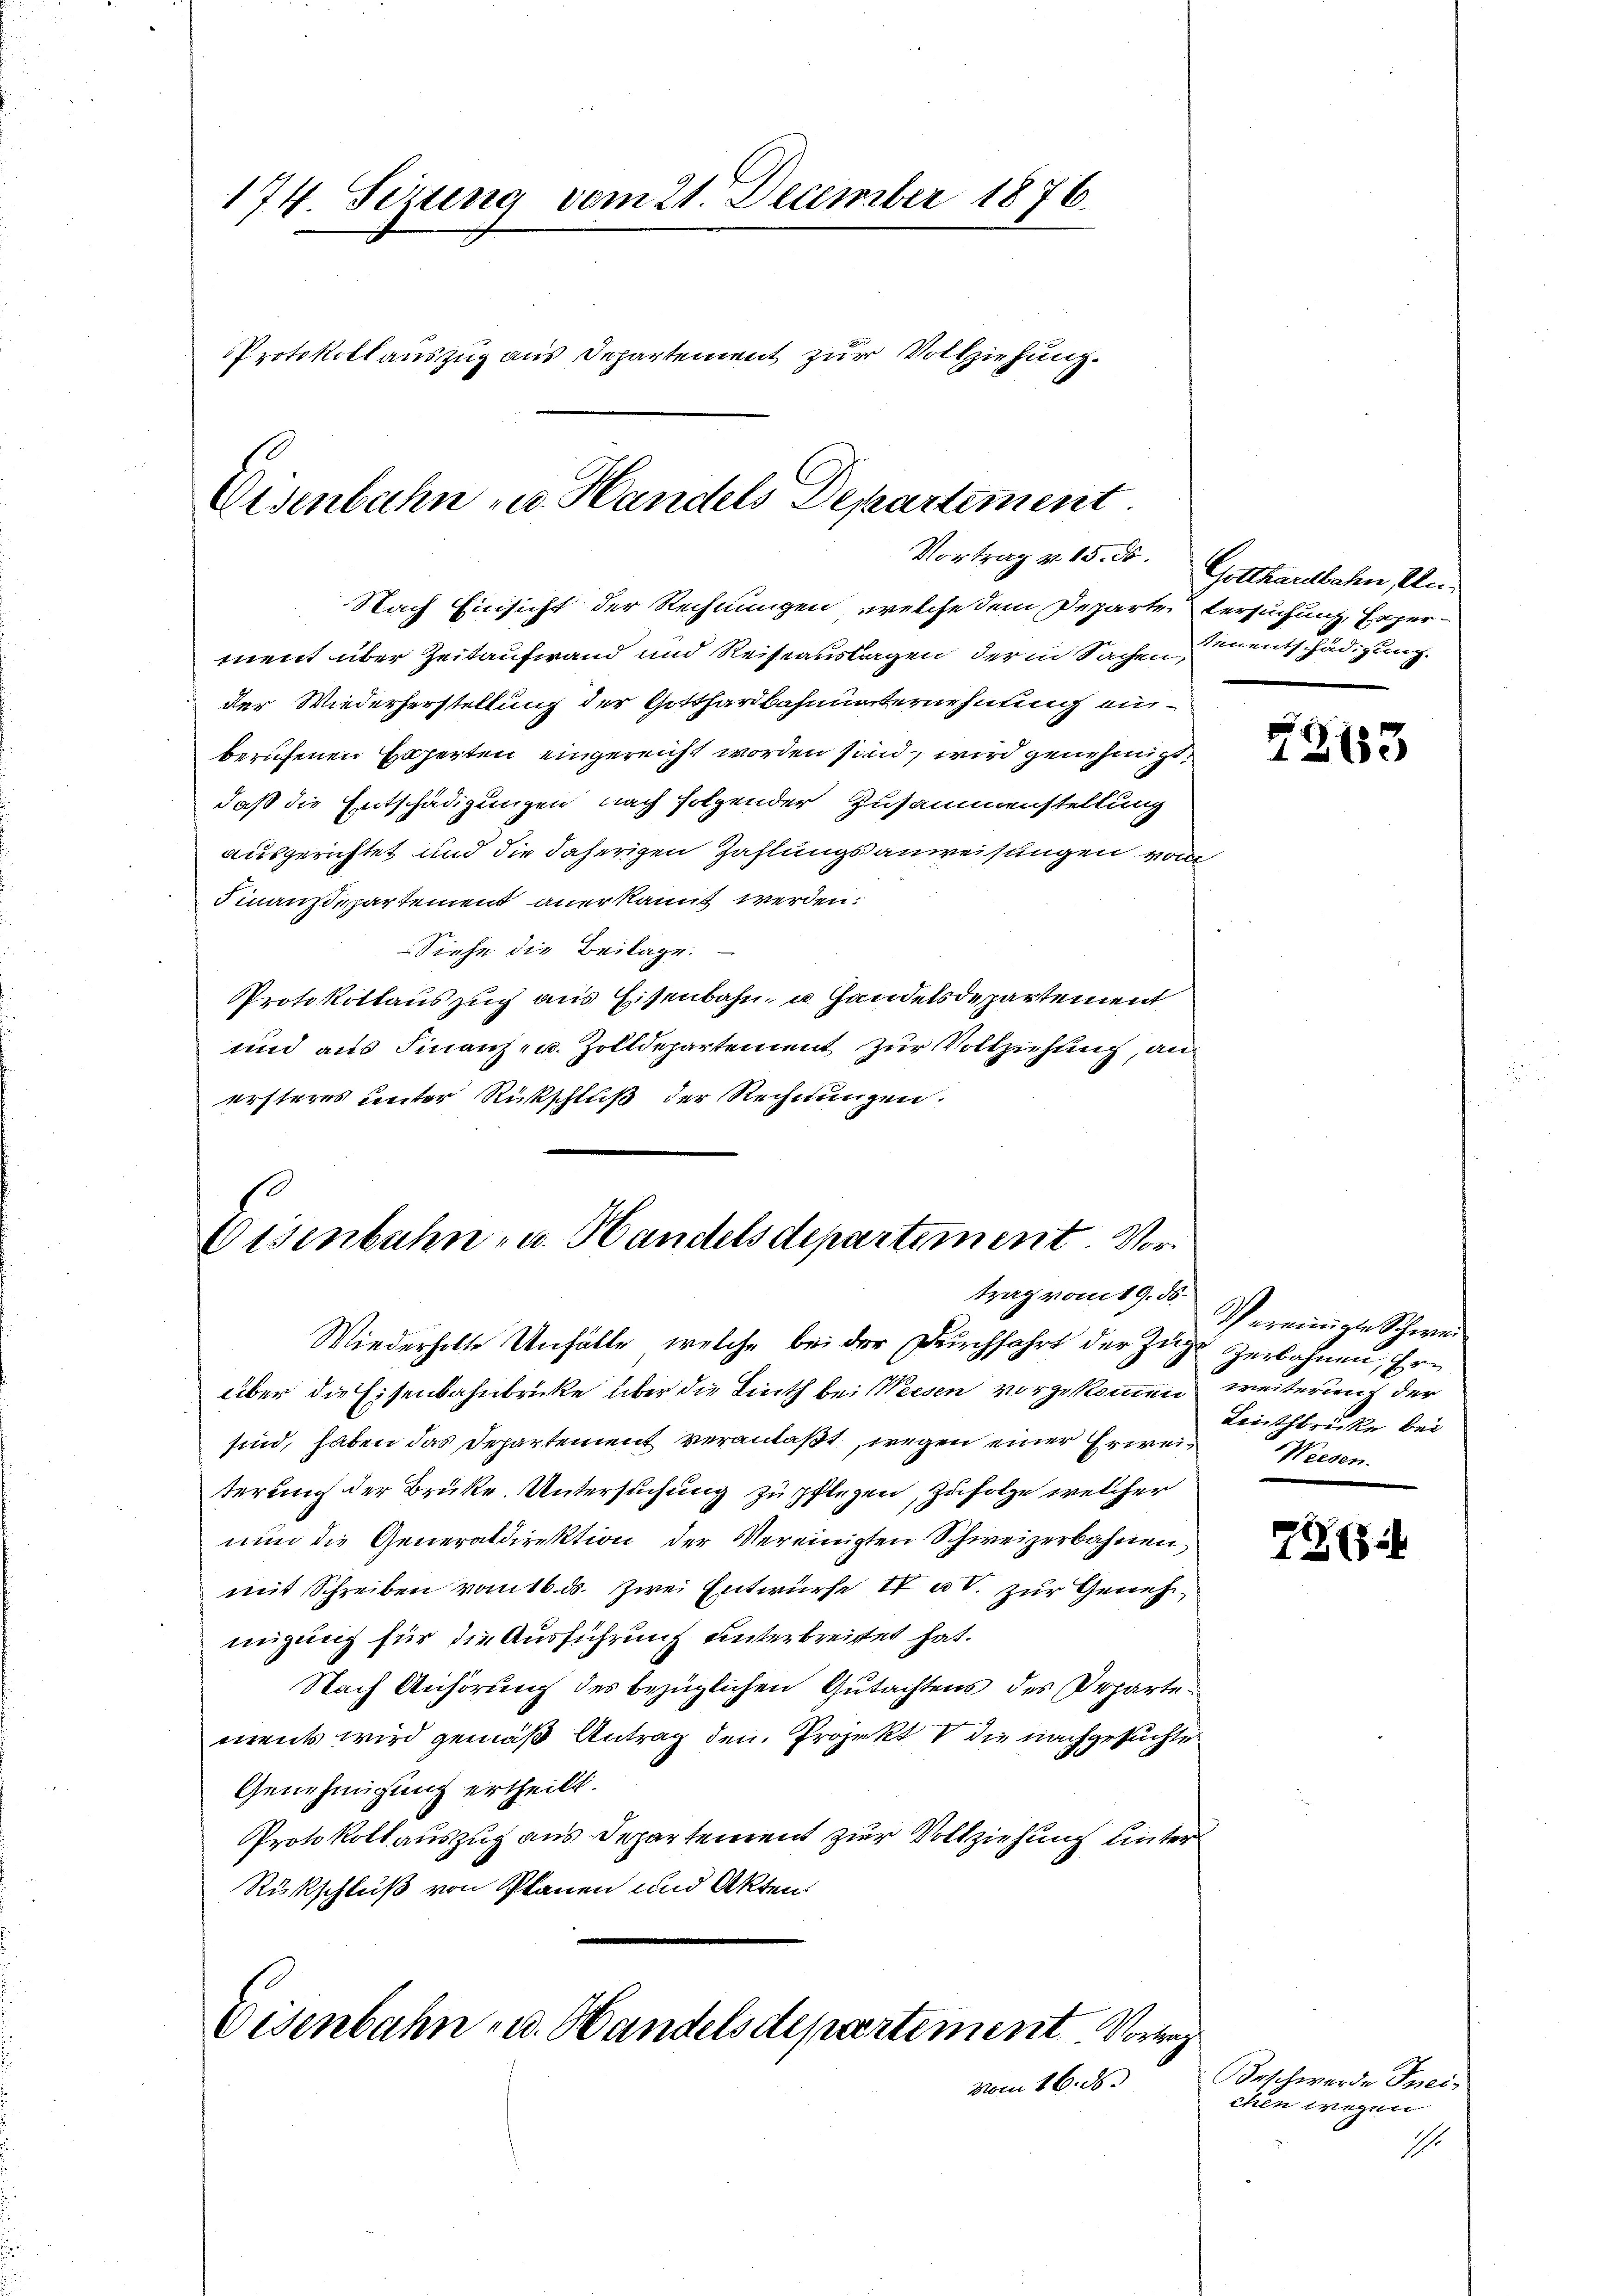
174 Sizung vom 21. December 1876.
Protokollauszug aus Departement zur Vollziehung.

Eisenbahn u. Handels Departement

Nach Einsicht der Rechnungen, welche dem Departe Versuchung, Experment über Zeitaufwand und Reiseauslagen der in Sachen,
der Wiederherstellung der Gotthardbahnunternehnung einberufenen Experten eingereicht worden sind, wird genehmigt
daß die Entschädigungen nach folgender Zusammenstellung
ausgerichtet und die daherigen Zahlungsanweisungen vom
Sinausepartement anerkannt werden.
Siehe die Beilage.
Protokollauszug aus Eisenbahn, u. Handelsdepartement
und aus Finanz- u. Zolldepartement zur Vollziehung, an
ersters unter Rückschluß der Rechnungen.

Eisenbahn- u. Handelsdepartement. Vortrag vom 19. ds.

Eisenbahn u. Handelsdepartement. Vortrag
vom 16. ds.

Vortrag v. 15. d. Gotthardbahn, Ele
Renentschädigung.

Wiederholte Unfälle, welche bei der Durchfahrt der Zuge zerbahnen, Erüber die Eisenbahnbrücke über die Linth bei Weesen vorgekommen weiterung der
sind, haben das Departement veranlaßt, wegen einer Erwei- Wiesen.
terung der Brüke. Untersuchung zu pflegen, Zufolge welcher
nun die Generaldirektion der Vereinigten Schweizerbahnen
mit Schreiben vom 16. d. Zwei Entwurfe II a. zur Geneh
migung für die Ausführung unterbreitet hat.
Nach Anhörung des bezüglichen Gutachtens des Departeereits wird gemäß Antrag den Projekt die nachgesuchte
Genehmigung ertheilt.
Protokollauszug aus Departement zur Vollziehung unter
Rückschluß von Planen und Akten.

183

Vereinigten Schwei
Lnthbrücke bei

795

Brschwerde Frei-
chen wegen
Ihr